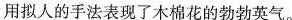
用拟人的手法表现了木棉花的勃勃英气。